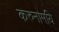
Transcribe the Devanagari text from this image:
करुनामयि